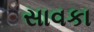
સાવકા